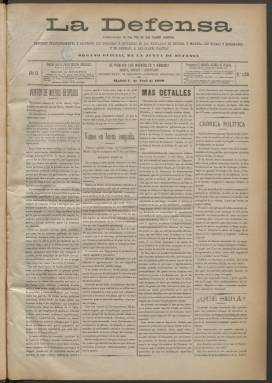
Título: La Defensa (Madrid. 1899)
Colección: Fuerzas armadas
Ámbito geográfico: Madrid
Lugar de publicación: Madrid
Fechas: 01/04/1899-31/12/1902